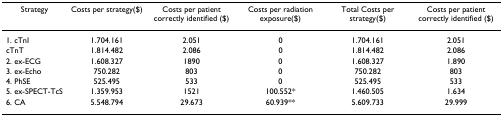
| Strategy | Costs per strategy($) | Costs per patient correctly identified ($) | Costs per radiation exposure($) | Total Costs per strategy($) | Costs per patient correctly identified ($) |
 | --- | --- | --- | --- | --- | --- |
 | 1. cTnI | 1.704.161 | 2.051 | 0 | 1.704.161 | 2.051 |
 | cTnT | 1.814.482 | 2.086 | 0 | 1.814.482 | 2.086 |
 | 2. ex-ECG | 1.608.327 | 1890 | 0 | 1.608.327 | 1.890 |
 | 3. ex-Echo | 750.282 | 803 | 0 | 750.282 | 803 |
 | 4. PhSE | 525.495 | 533 | 0 | 525.495 | 533 |
 | 5. ex-SPECT-TcS | 1.359.953 | 1521 | 100.552* | 1.460.505 | 1.634 |
 | 6. CA | 5.548.794 | 29.673 | 60.939** | 5.609.733 | 29.999 |